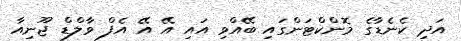
އަދި ކެނެޑާގެ މޮންކްޓަންގައި ބޭއްވި އައި އޭ އޭ އެފް ވާލްޑް ޖޫނިއާ